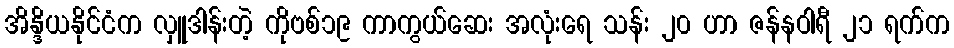
အိန္ဒိယနိုင်ငံက လှူဒါန်းတဲ့ ကိုဗစ်၁၉ ကာကွယ်ဆေး အလုံးရေ သန်း ၂၀ ဟာ ဇန်နဝါရီ ၂၁ ရက်က